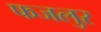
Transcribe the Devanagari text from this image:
फजलुर